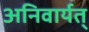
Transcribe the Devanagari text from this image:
अनिवार्यत्